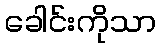
ခေါင်းကိုသာ